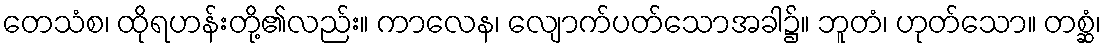
တေသံစ၊ ထိုရဟန်းတို့၏လည်း။ ကာလေန၊ လျောက်ပတ်သောအခါ၌။ ဘူတံ၊ ဟုတ်သော။ တစ္ဆံ၊